Indian journal of veterinary science and animal husbandry - Volumes 22-23, 1952-1953
Year: 1952
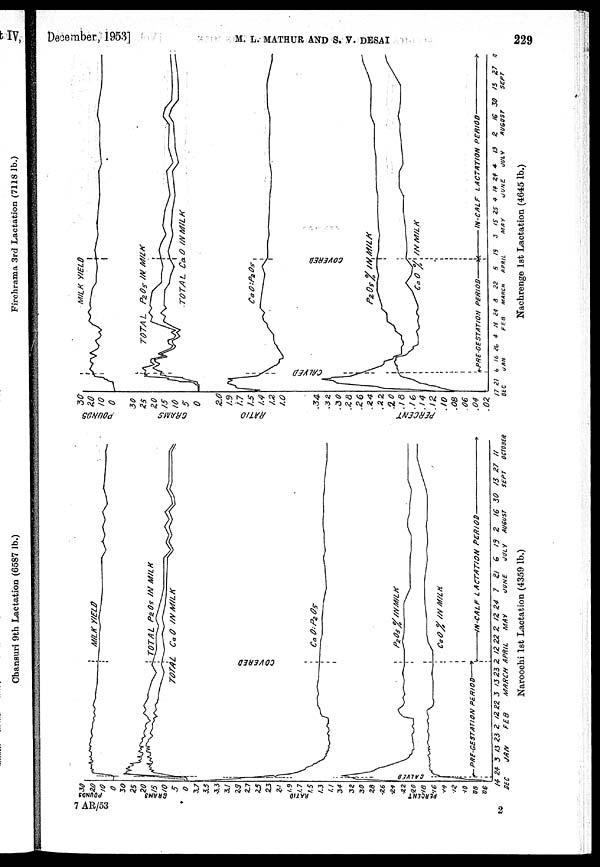
December, 1953]
M.
L.
MATHUR
AND
S.
V.
DESAI
229
Naroochi 1st Lactation (4359 lb.)
Nachrenge 1st Lactation (4645 lb.)